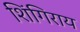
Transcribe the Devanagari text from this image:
शिंगिराय